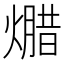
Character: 𱬕